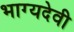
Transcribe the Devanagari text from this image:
भाग्यदेवी